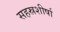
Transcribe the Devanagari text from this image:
सहस्रशीर्षा